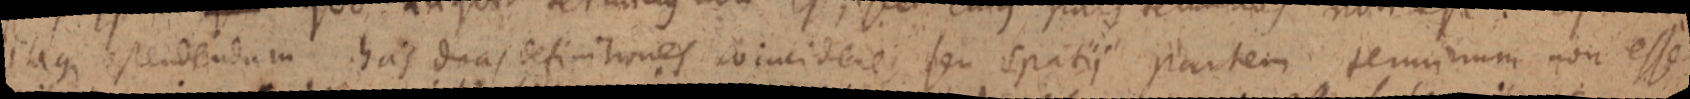
itaque ostendendum has duas definitiones coincidere, seu spatii partem terminum non esse